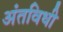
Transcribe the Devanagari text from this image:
अंतविधी